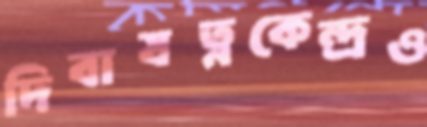
দিবাযত্নকেন্দ্রও